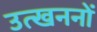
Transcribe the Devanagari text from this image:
उत्‍खननों